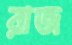
রাজ